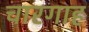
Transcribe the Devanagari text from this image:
चारगाह